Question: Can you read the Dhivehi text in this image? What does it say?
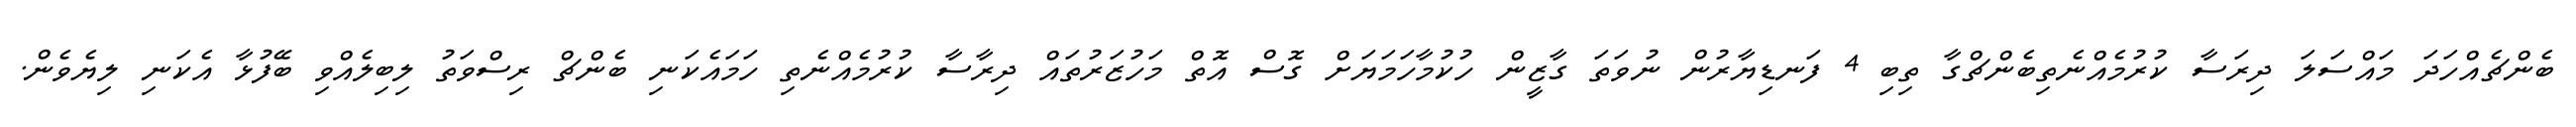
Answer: ބެންޗެއްހަދަ މައްސަލަ ދިރަސާ ކުރުމެއްނެތިބެންޗްގާ ތިބި 4 ފަނޑިޔާރުން ނުވަތަ ގާޒީން ހުކުމާހަމަޔަށް ގޮސް އޮތް މަހުޒަރުތައް ދިރާސާ ކުރުމެއްނެތި ހަމައެކަނި ބެންޗް ރިސްވަތު ލިބިލެއްވި ބޭފުޅާ އެކަނި ލިޔެވެން.